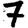
Digit: 7